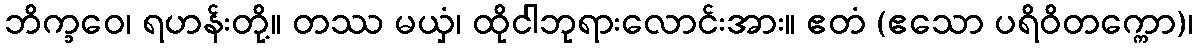
ဘိက္ခဝေ၊ ရဟန်းတို့။ တဿ မယှံ၊ ထိုငါဘုရားလောင်းအား။ ဧတံ (ဧသော ပရိဝိတက္ကော)၊